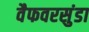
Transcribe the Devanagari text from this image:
वैफवरसुंडा